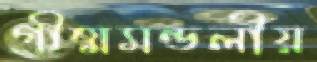
গ্রীষ্মমন্ডলীয়